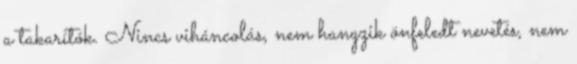
a takarítók. Nincs viháncolás, nem hangzik önfeledt nevetés, nem